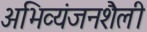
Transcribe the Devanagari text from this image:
अभिव्यंजनशैली